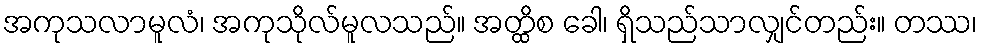
အကုသလာမူလံ၊ အကုသိုလ်မူလသည်။ အတ္ထိစ ခေါ၊ ရှိသည်သာလျှင်တည်း။ တဿ၊